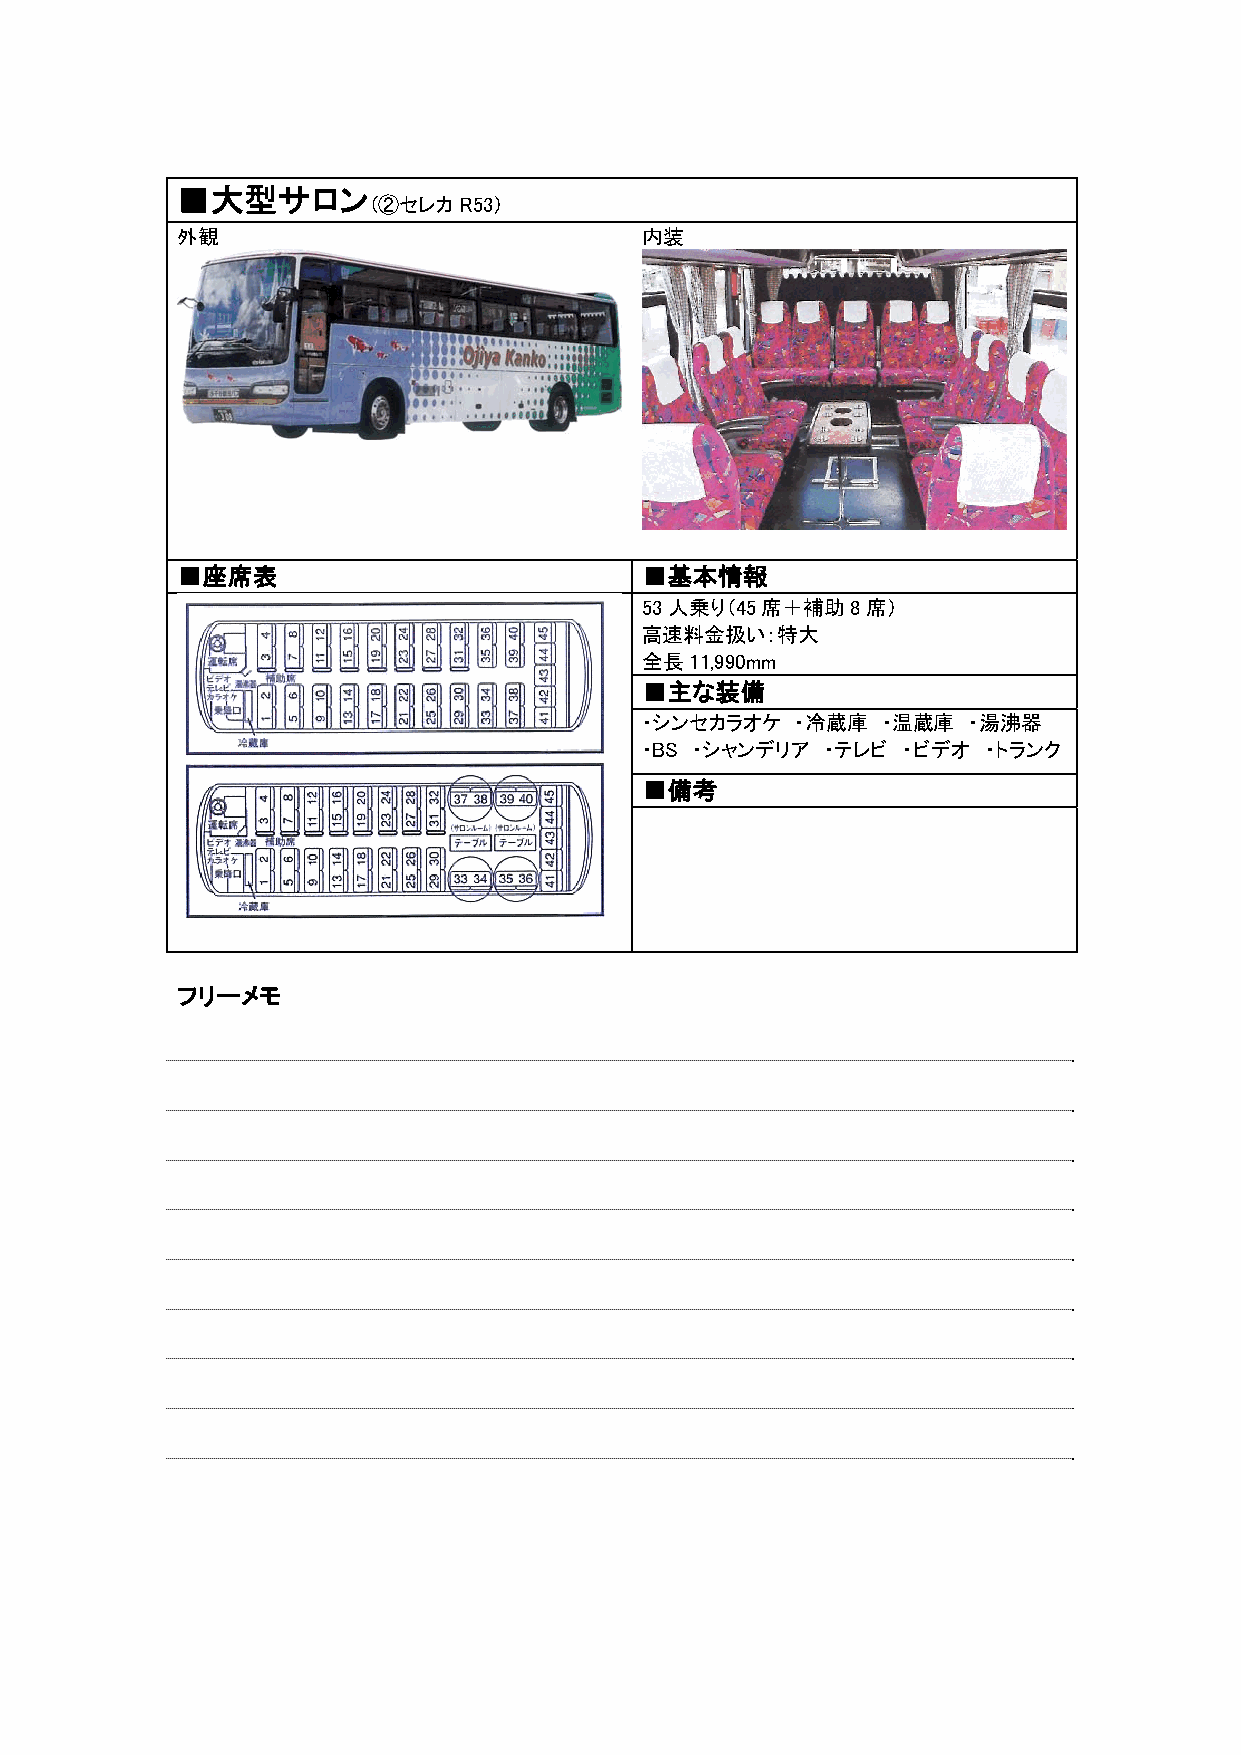
■大型サロン
 （②セレカR53）
 外観                            内装
 ■座席表   ■                        基本情報
 53人乗り（45席＋補助8席）
 高速料金扱い：特大
 全長11,990mm
 ■主な装備
 ・シンセカラオケ   ・冷蔵庫 ・温蔵庫  ・湯沸器
 ・BS ・シャンデリア  ・テレビ ・ビデオ ・トランク
 ■備考
 フリーメモ